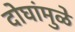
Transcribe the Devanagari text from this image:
दोघांमुळे